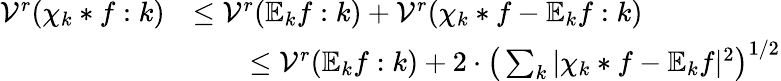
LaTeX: \begin{array}{rl}{\mathcal{V}^{r}(\chi_{k}*f:k)}&{\leq\mathcal{V}^{r}(\mathbb{E}_{k}f:k)+\mathcal{V}^{r}(\chi_{k}*f-\mathbb{E}_{k}f:k)}\\ &{\qquad\leq\mathcal{V}^{r}(\mathbb{E}_{k}f:k)+2\cdot\big(\sum_{k}|\chi_{k}*f-\mathbb{E}_{k}f|^{2}\big)^{1/2}}\end{array}